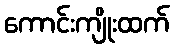
ကောင်းကျိုးထက်